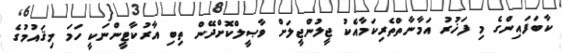
ކާބަފައިންގެ މި ފަޚުރު އަމާނާތްތެރިކަމާއެކު ޖީލުންޖީލަށް ވާޞީލްކޮށްދޭން ތިބި އާރުކާޓީންނަކީ ހަމަ މިޤައުމުގެ